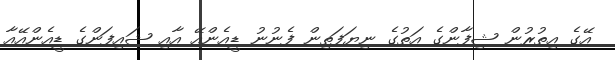
އޭގެ އިތުރުން ޝިފާންގެ އަތުގެ ނިޔަފަތިން ފެނުނު ޑީއެންއޭ އާއި ޝައިފަންގެ ޑީއެންއޭއާ